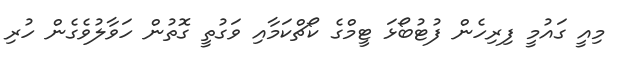
މިއީ ގައުމީ ފިރިހެން ފުޓުބޯޅަ ޓީމްގެ ކޯޗްކަމާއި ވަގުތީ ގޮތުން ހަވާލުވެގެން ހުރި